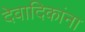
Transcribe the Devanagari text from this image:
देवादिकांना